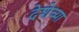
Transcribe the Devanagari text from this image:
देशेच्या